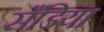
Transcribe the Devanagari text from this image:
सँडिया